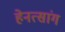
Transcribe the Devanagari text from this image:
हेनत्सांग